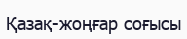
Қазақ-жоңғар соғысы